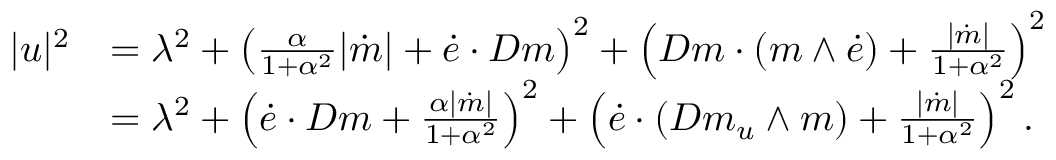
\begin{array} { r l } { | u | ^ { 2 } } & { = \lambda ^ { 2 } + \left( \frac { \alpha } { 1 + \alpha ^ { 2 } } | \dot { m } | + \dot { e } \cdot D m \right) ^ { 2 } + \left( D m \cdot ( m \wedge \dot { e } ) + \frac { | \dot { m } | } { 1 + \alpha ^ { 2 } } \right) ^ { 2 } } \\ & { = \lambda ^ { 2 } + \left( \dot { e } \cdot D m + \frac { \alpha | \dot { m } | } { 1 + \alpha ^ { 2 } } \right) ^ { 2 } + \left( \dot { e } \cdot ( D m _ { u } \wedge m ) + \frac { | \dot { m } | } { 1 + \alpha ^ { 2 } } \right) ^ { 2 } . } \end{array}